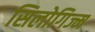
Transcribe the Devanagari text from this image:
सिलोगिज्म